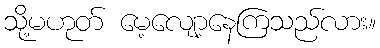
သို့မဟုတ် မေ့လျော့နေကြသည်လား။